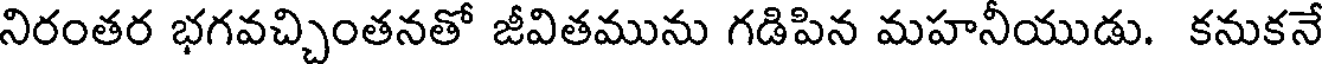
నిరంతర భగవచ్చింతనతో జీవితమును గడిపిన మహనీయుడు. కనుకనే